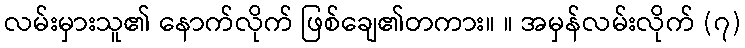
လမ်းမှားသူ၏ နောက်လိုက် ဖြစ်ချေ၏တကား။ ။ အမှန်လမ်းလိုက် (၇)